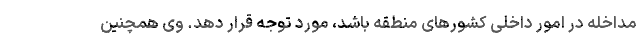
مداخله در امور داخلی کشورهای منطقه باشد، مورد توجه قرار دهد. وی همچنین